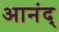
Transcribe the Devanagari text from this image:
आनंद्